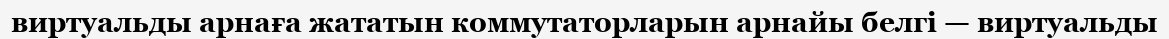
виртуальды арнаға жататын коммутаторларын арнайы белгі — виртуальды